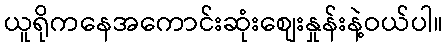
ယူရိုကနေအကောင်းဆုံးစျေးနှုန်းနဲ့ဝယ်ပါ။